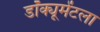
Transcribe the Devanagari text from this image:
डॉक्यूमेंटला